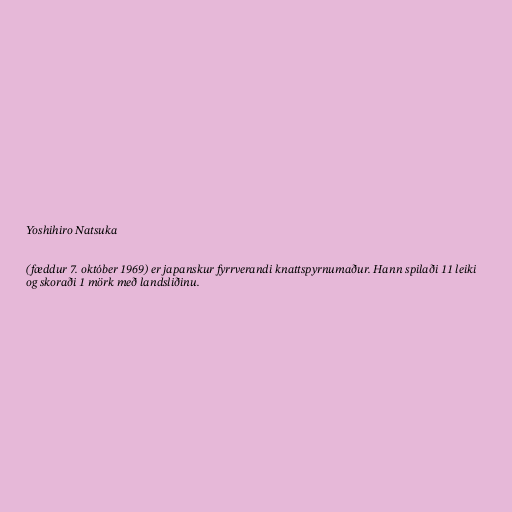
Yoshihiro Natsuka

(fæddur 7. október 1969) er japanskur fyrrverandi knattspyrnumaður. Hann spilaði 11 leiki
og skoraði 1 mörk með landsliðinu.